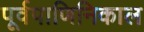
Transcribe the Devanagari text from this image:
पूर्वपाणिनिकाल